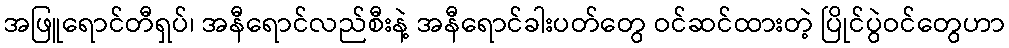
အဖြူရောင်တီရှပ်၊ အနီရောင်လည်စီးနဲ့ အနီရောင်ခါးပတ်တွေ ဝင်ဆင်ထားတဲ့ ပြိုင်ပွဲဝင်တွေဟာ